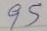
95